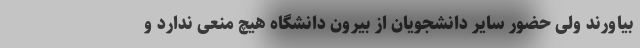
بیاورند ولی حضور سایر دانشجویان از بیرون دانشگاه‌ هیچ منعی ندارد و